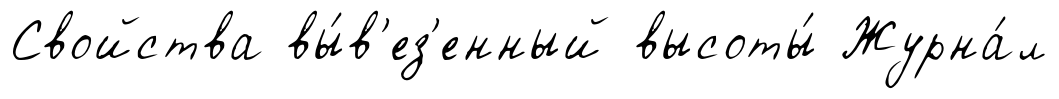
Свойства вы́в'ез'енный высоты́ Журна́л